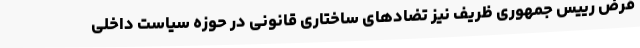
فرض رییس جمهوری ظریف نیز تضادهای ساختاری قانونی در حوزه سیاست داخلی